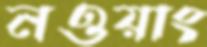
নওয়াং